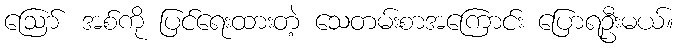
ဪ အစ်ကို ပြင်ရေးထားတဲ့ သေတမ်းစာအကြောင်း ပြောရဦးမယ်။